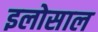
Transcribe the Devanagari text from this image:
इलोसाल